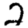
Digit: 2